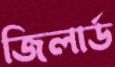
জিলার্ড